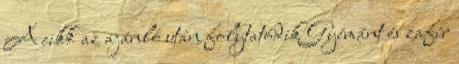
A cikk az ajánló után folytatódik Gyémánt és zafír